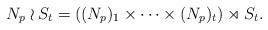
LaTeX: \begin{align*}N_p\wr S_t=((N_p)_1\times\dots\times(N_p)_t)\rtimes S_t.\end{align*}